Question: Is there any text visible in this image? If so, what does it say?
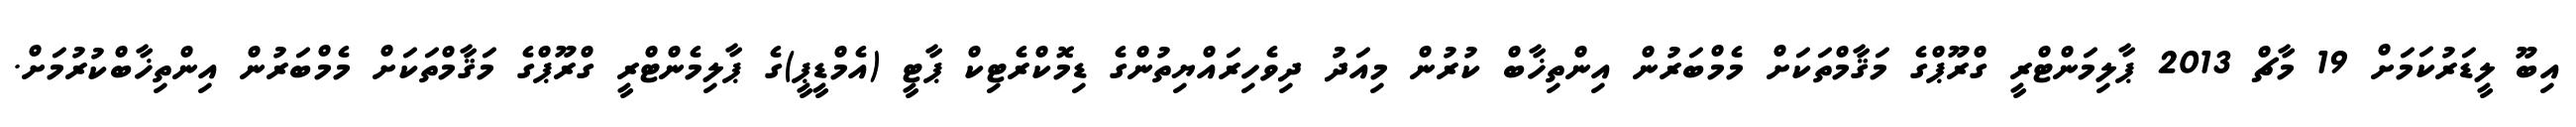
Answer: އިބޫ ލީޑަރުކަމަށް 19 މާޗް 2013 ޕާލިމަންޓްރީ ގްރޫޕްގެ މަޤާމްތަކަށް މެމްބަރުން އިންތިޚާބް ކުރުން މިއަދު ދިވެހިރައްޔިތުންގެ ޑިމޮކްރެޓިކް ޕާޓީ (އެމްޑީޕީ)ގެ ޕާލިމެންޓްރީ ގްރޫޕްގެ މަޤާމްތަކަށް މެމްބަރުން އިންތިޚާބްކުރުމަށް.